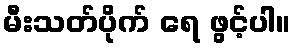
မီးသတ်ပိုက် ရေ ဖွင့်ပါ။